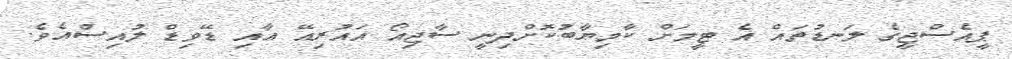
ޕީއެސްޖީގެ ލަނޑުތައް އެ ޓީމަށް ކާމިޔާބުކޮށްދިނީ ސާޖިއޯ އައުރިއޭ އާއި ޑޭވިޑް ލުއިސްއެވެ.